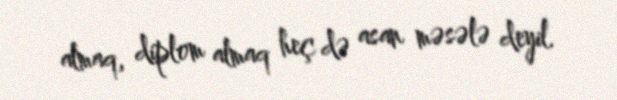
almaq, diplom almaq heç də asan məsələ deyil.